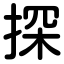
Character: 探